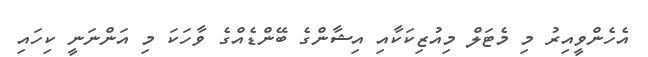
އެހެންވީއިރު މި މެޓަލް މިއުޒިކަކާއި އިޝާންގެ ބޭންޑެއްގެ ވާހަކަ މި އަންނަނީ ކިހައި